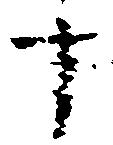
十